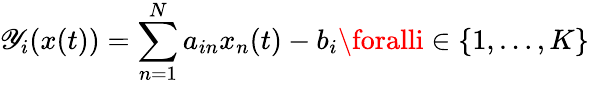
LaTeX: \mathscr{Y}_{i}(x(t))=\sum_{n=1}^{N}a_{in}x_{n}(t)-b_{i}{\mathrm{{}}}\foralli\in\{ 1,\ldots,K\}